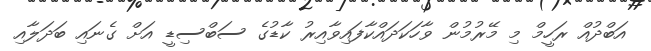
އަބްދުއް ރަހީމް މި މޭރުމުން ވާހަަކަދައްކާފައިވާއިރު ކާޑުގެ ސަބްސިޑީ އަށް ގެނައި ބަދަލާއި